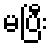
မပြီး